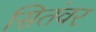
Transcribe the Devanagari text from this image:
सितंवर